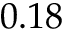
0 . 1 8